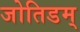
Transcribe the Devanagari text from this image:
जोतिडम्